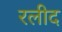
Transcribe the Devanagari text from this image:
रलीद